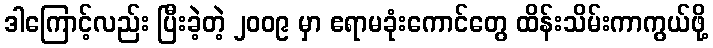
ဒါကြောင့်လည်း ပြီးခဲ့တဲ့ ၂၀၀၉ မှာ ဧရာမခုံးကောင်တွေ ထိန်းသိမ်းကာကွယ်ဖို့